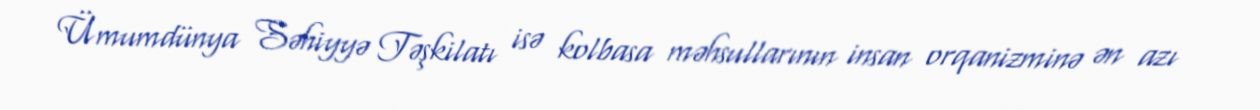
Ümumdünya Səhiyyə Təşkilatı isə kolbasa məhsullarının insan orqanizminə ən azı